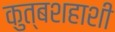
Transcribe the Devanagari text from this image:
कुत्बशहाशी